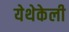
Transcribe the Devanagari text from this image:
येथेकेली